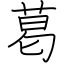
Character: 葛